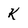
Character: k